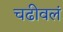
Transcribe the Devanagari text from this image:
चढीवलं